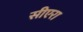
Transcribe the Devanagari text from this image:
सीएरा